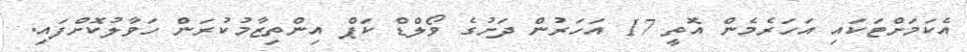
އެކަމަށްޓަކައި އަހަރެމެން އޮތީ 17 އަހަރުން ދަށުގެ ވޯލްޑް ކަޕް އިންތިޒާމުކުރަން ހަވާލުކޮށްފައި.